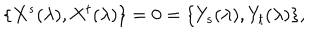
\{ X ^ { s } ( \lambda ) , X ^ { t } ( \lambda ) \} = 0 = \{ Y _ { s } ( \lambda ) , Y _ { t } ( \lambda ) \} ,